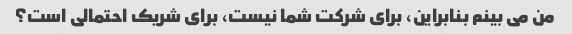
من می بینم بنابراین، برای شرکت شما نیست، برای شریک احتمالی است؟